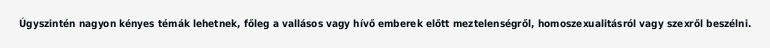
Úgyszintén nagyon kényes témák lehetnek, főleg a vallásos vagy hívő emberek előtt meztelenségről, homoszexualitásról vagy szexről beszélni.